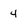
Character: 4